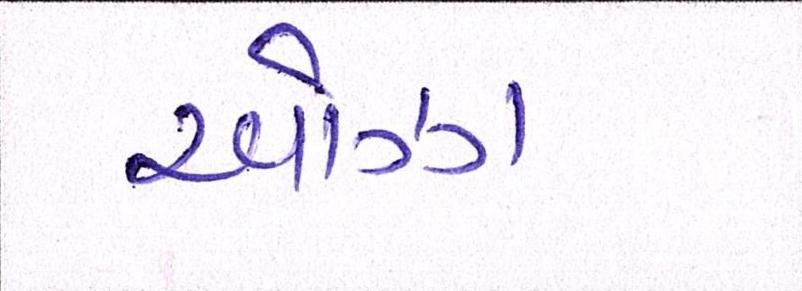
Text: ઓઝા